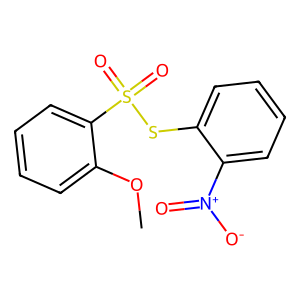
SMILES: COc1ccccc1S(=O)(=O)Sc1ccccc1[N+](=O)[O-]
Inhibits HIV replication: No